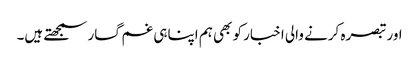
اور تبصرہ کرنے والی اخبار کو بھی ہم اپناہی غم گسار سمجھتے ہیں۔